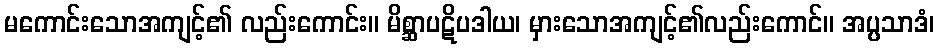
မကောင်းသောအကျင့်၏ လည်းကောင်း။ မိစ္ဆာပဋိပဒါယ၊ မှားသောအကျင့်၏လည်းကောင်။ အပ္ပသာဒံ၊